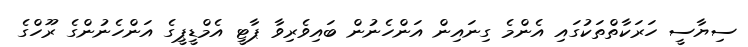
ސިޔާސީ ހަރަކާތްތަކުގައި އެންމެ ގިނައިން އަންހެނުން ބައިވެރިވާ ޕާޓީ އެމްޑީޕީގެ އަންހެނުންގެ ރޫހްގެ